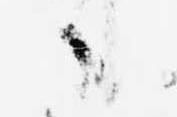
日